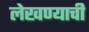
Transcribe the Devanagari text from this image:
लेखण्याची